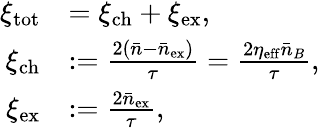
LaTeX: \begin{array}{rl}{\xi_{\mathrm{tot}}}&{=\xi_{\mathrm{ch}}+\xi_{\mathrm{ex}},}\\ {\xi_{\mathrm{ch}}}&{:=\frac{2(\bar{n}-\bar{n}_{\mathrm{ex}})}{\tau}=\frac{2\eta_{\mathrm{eff}}\bar{n}_{B}}{\tau},}\\ {\xi_{\mathrm{ex}}}&{:=\frac{2\bar{n}_{\mathrm{ex}}}{\tau},}\end{array}